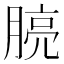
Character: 𪱧